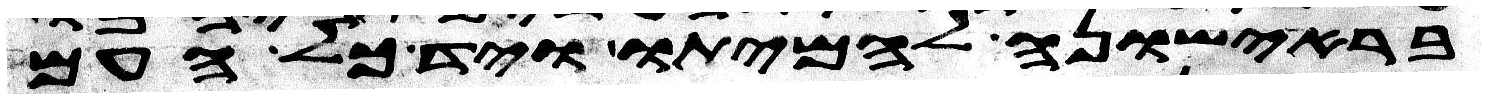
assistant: בראישונה להמיתו ויד כל העם